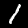
Label: 1